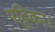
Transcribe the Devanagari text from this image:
पट्टिका।